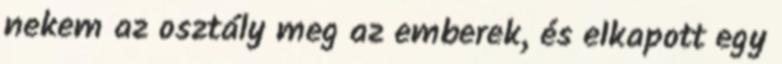
nekem az osztály meg az emberek, és elkapott egy